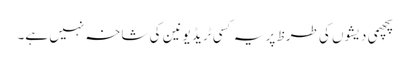
پچھمی دیشوں کی طرظ پر یہ کسی ٹریڈ یونین کی شاخہ نہیں ہے۔